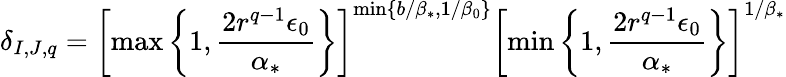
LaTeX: \delta_{I,J,q}=\left[\operatorname*{max}\left\{ 1,\frac{2r^{q-1}\epsilon_{0}}{\alpha_{*}}\right\} \right]^{\operatorname*{min}\left\{ {b}/{\beta_{*}},1/\beta_{0}\right\} }\left[\operatorname*{min}\left\{ 1,\frac{2r^{q-1}\epsilon_{0}}{\alpha_{*}}\right\} \right]^{{1}/{\beta_{*}}}